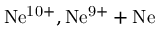
\mathrm { N e ^ { 1 0 + } , N e ^ { 9 + } + N e }